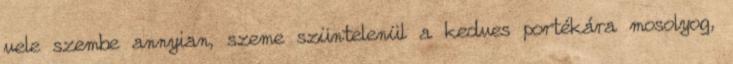
vele szembe annyian, szeme szüntelenül a kedves portékára mosolyog,